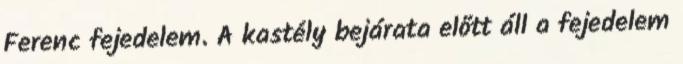
Ferenc fejedelem. A kastély bejárata előtt áll a fejedelem